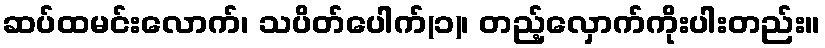
ဆပ်ထမင်းလောက်၊ သပိတ်ပေါက်(၁)၊ တည့်လှောက်ကိုးပါးတည်း။